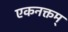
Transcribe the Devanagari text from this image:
एकनक्तम्